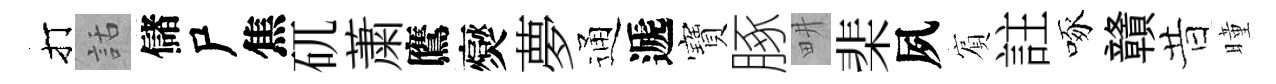
打話儲尸焦矹䔥鷹爕夢通遞寶䐁畊棐夙賔註啄贛昔曈